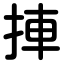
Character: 捙